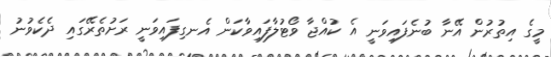
މީގެ އިތުރުން އޭނާ ބުނެފައިވަނީ އެ ކުއްޖާ ވޯޓުލާފައިވާކަން އެނގިފައިވަނީ ރަށުތެރޭގައި ދެކެވުނު